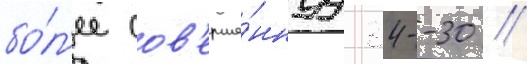
бо́л'ее сов'ерше́ннуу 34--30 //